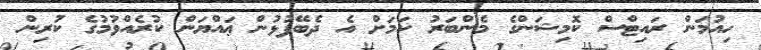
ހިއުމަން ރައިޓްސް ކޮމިޝަންގެ މެންބަރު ކަމަށް އެ ދެބޭފުޅުން ޢައްޔަން ކުރެއްވުމުގެ ކުރިން